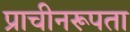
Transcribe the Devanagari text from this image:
प्राचीनरूपता